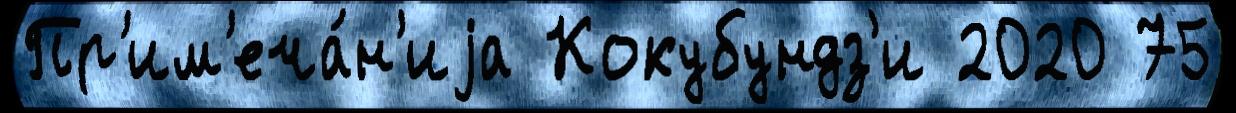
Пр'им'еча́н'иjа Кокубундз'и 2020 75